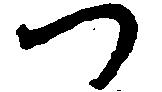
つ